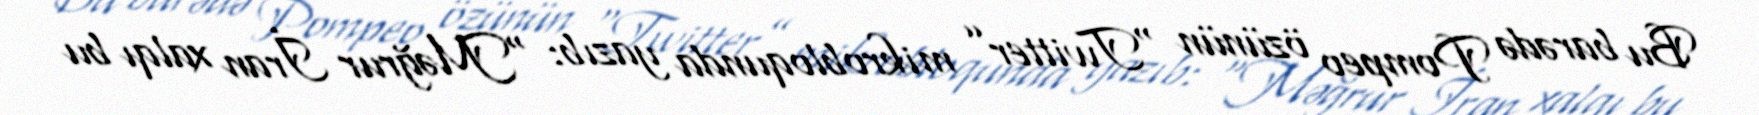
Bu barədə Pompeo özünün “Twitter” mikrobloqunda yazıb: “Məğrur İran xalqı bu